Report of the Imperial Institute of Veterinary Research, Muktesar
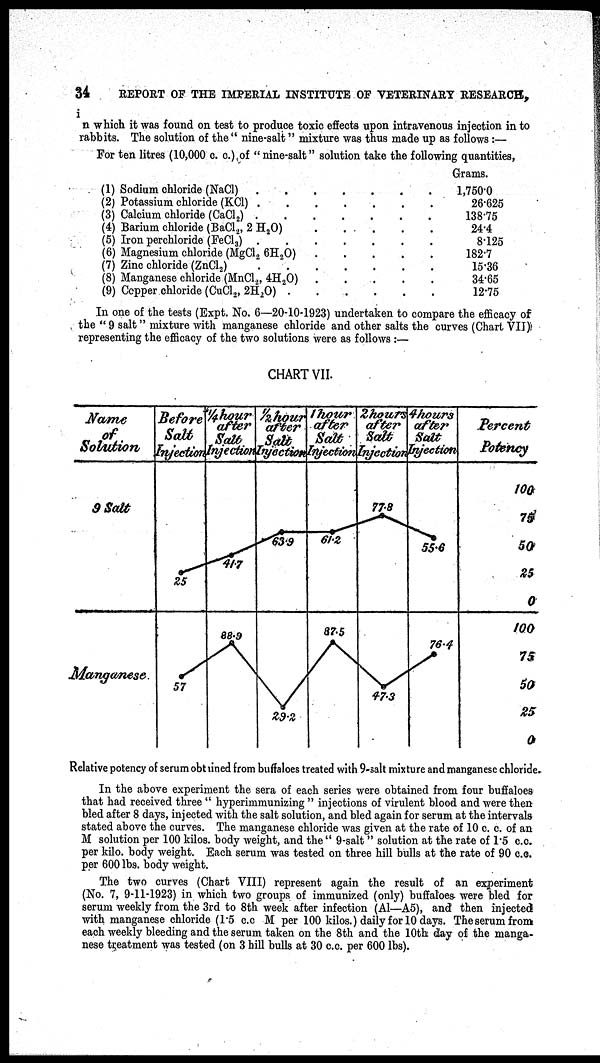
34
REPORT OF THE IMPERIAL INSTITUTE OF VETERINARY RESEARCH,
in which it was found on test to produce toxic effects upon intravenous injection in to
rabbits. The solution of the " nine-salt" mixture was thus made up as follows :—
For ten litres (10,000 c. c.) of "nine-salt" solution take the following quantities,
(1) Sodium chloride (NaCl) .
.
(2) Potassium chloride (KC1) .
.
(3) Calcium chloride (CaCl 2 )
....
(4) Barium chloride (BaCl 2 , 2 H 2 O)
(5) Iron perchloride (FeCl 3 )
....
(6) Magnesium chloride (MgCl 2 6H 2 O) .
(7) Zinc chloride (ZnCl 2 )
.
.
(8) Manganese chloride (MnCl 2 , 4H 2 O)
(9) Copper chloride (CuCl 2 , 2H 2 O) .
Grams.
1,750-0
26.625
138.75
24.4
8.125
182.7
15.36
34.65
12.75
In one of the tests (Expt. No. 6—20-10-1923) undertaken to compare the efficacy of
the " 9 salt" mixture with manganese chloride and other salts the curves (Chart VII)
representing the efficacy of the two solutions were as follows :—
CHART VII.
Relative potency of serum obtained from buffaloes treated with 9-salt mixture and manganese chloride
In the above experiment the sera of each series were obtained from four buffaloes
that had received three " hyperimmunizing " injections of virulent blood and were then
bled after 8 days, injected with the salt solution, and bled again for serum at the intervals
stated above the curves. The manganese chloride was given at the rate of 10 c. c. of an
M solution per 100 kilos. body weight, and the " 9-salt " solution at the rate of 1.5 c.c.
per kilo. body weight. Each serum was tested on three hill bulls at the rate of 90 c.c.
per 600 lbs. body weight.
The two curves (Chart VIII) represent again the result of an experiment
(No. 7, 9-11-1923) in which two groups of immunized (only) buffaloes were bled for
serum weekly from the 3rd to 8th week after infection (Al—A5), and then injected
with manganese chloride (1.5 c.c M per 100 kilos.) daily for 10 days. The serum from
each weekly bleeding and the serum taken on the 8th and the 10th day of the manga-
nese treatment was tested (on 3 hill bulls at 30 c.c. per 600 lbs).